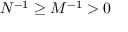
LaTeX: N ^ { - 1 } \geq M ^ { - 1 } > 0